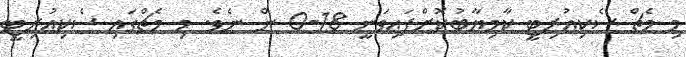
މި މެޗް ސެކިއުރިޓީ ކާމިޔާބުކޮށްފައިވަނީ 18-0 ން ނެވެ. މި މެޗްގައި ސެކިއުރިޓީ